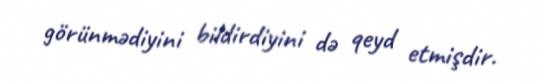
görünmədiyini bildirdiyini də qeyd etmişdir.